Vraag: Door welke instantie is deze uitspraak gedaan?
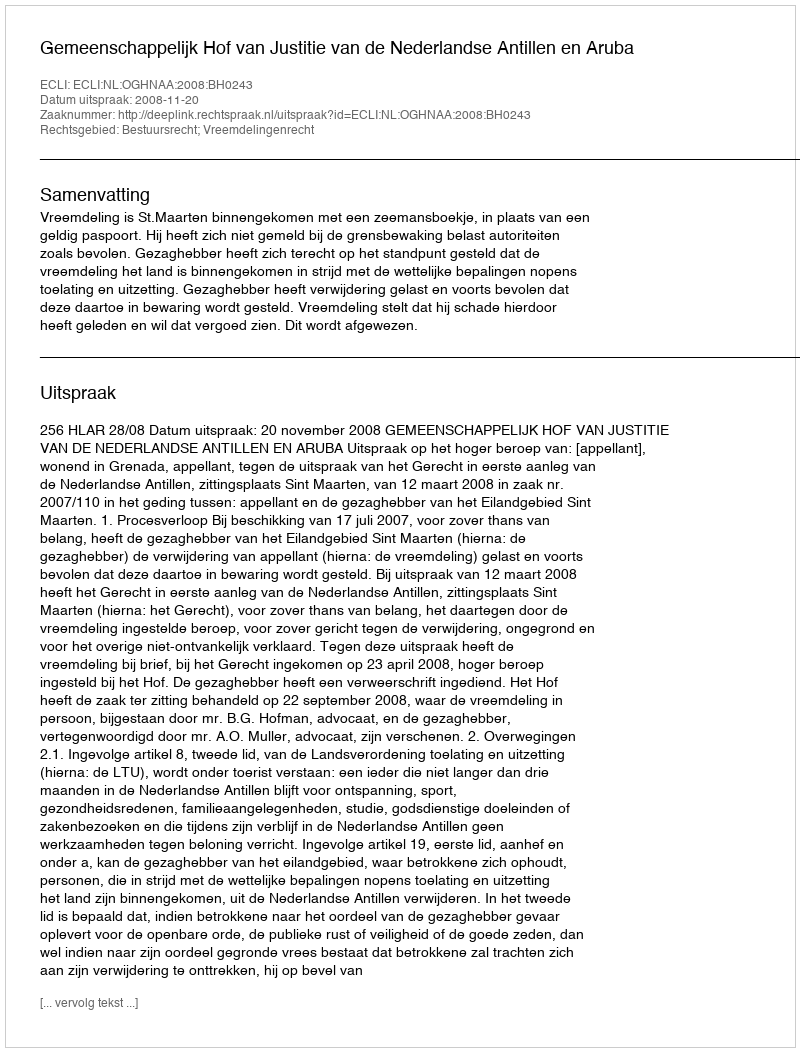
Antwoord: Gemeenschappelijk Hof van Justitie van de Nederlandse Antillen en Aruba